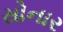
સોનાર